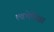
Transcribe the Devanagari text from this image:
त्वचेपेक्षा